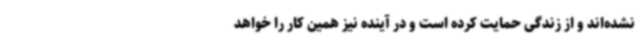
نشده‌اند و از زندگی حمایت کرده است و در آینده نیز همین کار را خواهد